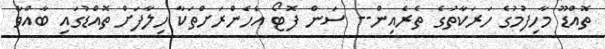
ތޮއްޑޫ މާހިފުމުގެ ހަރަކާތުގެ ތެރެއިން-- ސަން ފޮޓޯ އެހެންރަށްތަކާ ހިލާފަށް ތޮއްޑުގައި ބާއްވާ